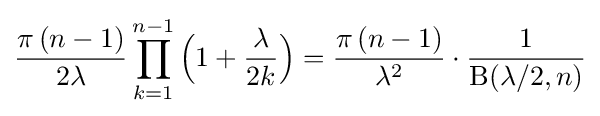
{\frac {\pi \,(n-1)}{2\lambda }}\prod _{k=1}^{n-1}{\Bigl (}1+{\frac {\lambda }{2k}}{\Bigr )}={\frac {\pi \,(n-1)}{\lambda ^{2}}}\cdot {\frac {1}{\mathrm {B} (\lambda /2,n)}}